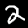
Digit: 2